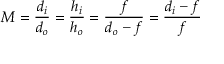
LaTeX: M = { \frac { d _ { i } } { d _ { o } } } = { \frac { h _ { i } } { h _ { o } } } = { \frac { f } { d _ { o } - f } } = { \frac { d _ { i } - f } { f } }